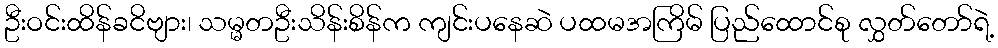
ဦးဝင်းထိန်ခငိဗျား၊ သမ္မတဦးသိန်းစိန်က ကျင်းပနေဆဲ ပထမအကြိမ် ပြည်ထောင်စု လွှတ်တော်ရဲ့